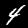
Label: 4